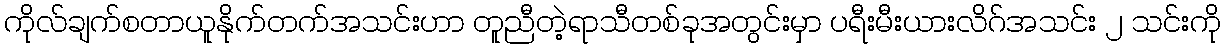
ကိုလ်ချက်စတာယူနိုက်တက်အသင်းဟာ တူညီတဲ့ရာသီတစ်ခုအတွင်းမှာ ပရီးမီးယားလိဂ်အသင်း ၂ သင်းကို